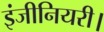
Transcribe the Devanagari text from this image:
इंजीनियरी।